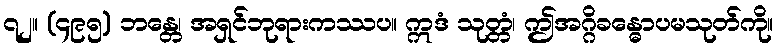
၇၂။ (၄၉၅) ဘန္တေ၊ အရှင်ဘုရားကဿပ။ ဣဒံ သုတ္တံ၊ ဤအဂ္ဂိခန္ဓောပမသုတ်ကို။